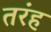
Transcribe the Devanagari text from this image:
तरंह